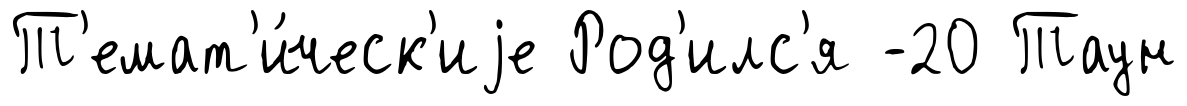
Т'емат'и́ческ'иjе Род'илс'я -20 Таун